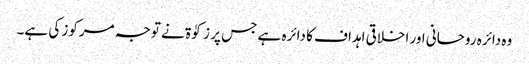
وہ دائرہ روحانی اور اخلاقی اہداف کا دائرہ ہے جس پر زکوٰۃ نے توجہ مرکوز کی ہے۔